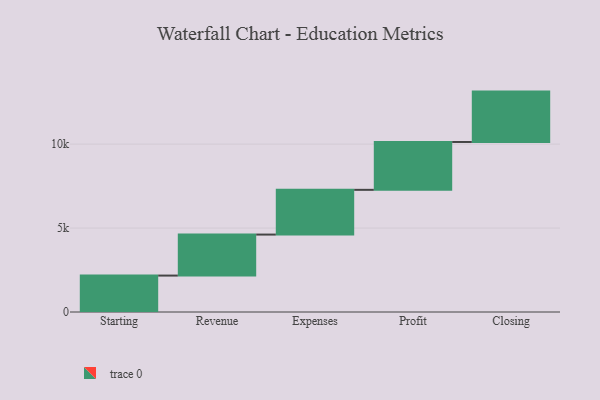
{"axis": {"x": "Step", "y": "Value"}, "legend": [""], "data": [{"x": "Starting", "y": 2169.0, "type": ""}, {"x": "Revenue", "y": 2443.0, "type": ""}, {"x": "Expenses", "y": 2664.0, "type": ""}, {"x": "Profit", "y": 2851.0, "type": ""}, {"x": "Closing", "y": 3000, "type": ""}]}